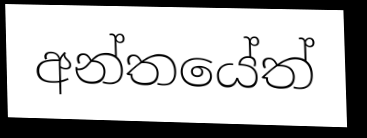
අන්තයේත්